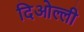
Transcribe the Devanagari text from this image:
दिओल्ली